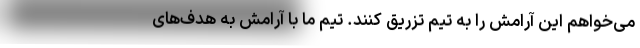
می‌خواهم این آرامش را به تیم تزریق کنند. تیم ما با آرامش به هدف‌های